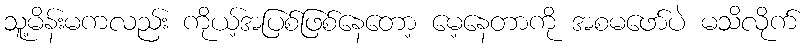
သူ့မိန်းမကလည်း ကိုယ့်အပြစ်ဖြစ်နေတော့ မေ့နေတာကို အစမဖော်ပဲ မသိလိုက်